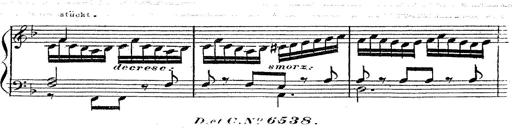
Title: 12 Lieder von Franz Schubert
Composer: Franz Liszt